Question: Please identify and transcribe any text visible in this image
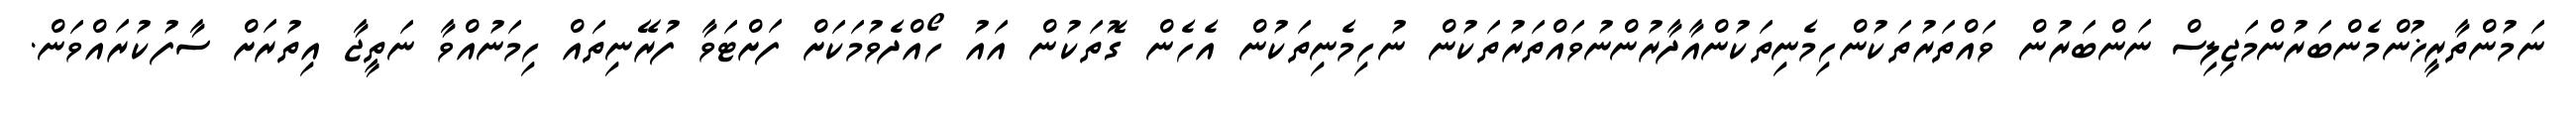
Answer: ނަމުންތާރީޚުންމެންބަރުންމަޖިލިސް ނަންބަރުން ވައްތަރުތަކުންހިމެނިތަކުންއާދާރުންނުވައްތަރުތަކުން ނުހިމެނިތަކުން އެހެން ގޮތަކުން އައު ހޯއްދެވުމަކަށް ފަށްޓަވާ ފުރޭނިތައް ހިމަނުއްވާ ނަތީޖާ އިތުރަށް ސާފުކުރައްވަން.